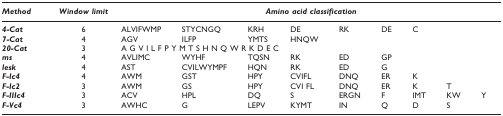
<table><thead><tr><td><b><i>Method</i></b></td><td><b><i>Window limit</i></b></td><td colspan="9"><b><i>Amino acid classification</i></b></td></tr></thead><tbody><tr><td><b><i>4-Cat</i></b></td><td>6</td><td>ALVIFWMP</td><td>STYCNGQ</td><td>KRH</td><td>DE</td><td>RK</td><td>DE</td><td>C</td><td></td><td></td></tr><tr><td><b><i>7-Cat</i></b></td><td>4</td><td>AGV</td><td>ILFP</td><td>YMTS</td><td>HNQW</td><td></td><td></td><td></td><td></td><td></td></tr><tr><td><b><i>20-Cat</i></b></td><td>3</td><td colspan="9">A G V I L F P Y M T S H N Q W R K D E C</td></tr><tr><td><b><i>ms</i></b></td><td>4</td><td>AVLIMC</td><td>WYHF</td><td>TQSN</td><td>RK</td><td>ED</td><td>GP</td><td></td><td></td><td></td></tr><tr><td><b><i>lesk</i></b></td><td>4</td><td>AST</td><td>CVILWYMPF</td><td>HQN</td><td>RK</td><td>ED</td><td>G</td><td></td><td></td><td></td></tr><tr><td><b><i>F-Ic4</i></b></td><td>4</td><td>AWM</td><td>GST</td><td>HPY</td><td>CVIFL</td><td>DNQ</td><td>ER</td><td>K</td><td></td><td></td></tr><tr><td><b><i>F-Ic2</i></b></td><td>3</td><td>AWM</td><td>GS</td><td>HPY</td><td>CVI FL</td><td>DNQ</td><td>ER</td><td>K</td><td>T</td><td></td></tr><tr><td><b><i>F-IIIc4</i></b></td><td>3</td><td>ACV</td><td>HPL</td><td>DQ</td><td>S</td><td>ERGN</td><td>F</td><td>IMT</td><td>KW</td><td>Y</td></tr><tr><td><b><i>F-Vc4</i></b></td><td>3</td><td>AWHC</td><td>G</td><td>LEPV</td><td>KYMT</td><td>IN</td><td>Q</td><td>D</td><td>S</td><td></td></tr></tbody></table>